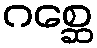
ဂစ္ဆေ